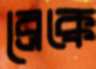
ব্রেক্কে